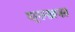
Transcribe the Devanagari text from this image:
एल्ब्रस